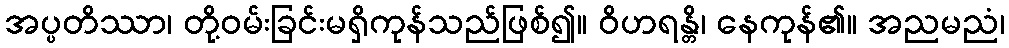
အပ္ပတိဿာ၊ တို့ဝမ်းခြင်းမရှိကုန်သည်ဖြစ်၍။ ဝိဟရန္တိ၊ နေကုန်၏။ အညမညံ၊